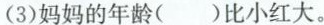
(3)妈妈的年龄( )比小红大。